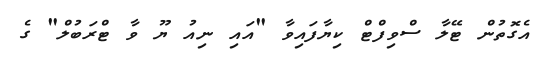
އެގޮތުން ޓޭލާ ސްވިފްޓް ކިޔާފައިވާ "އައި ނިއު ޔޫ ވާ ޓްރަބުލް" ގެ